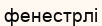
фенестрлі